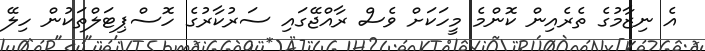
އެ ނިޒާމުގެ ތެރެއިން ކޮންމެ މީހަކަށް ވެސް ރާއްޖޭގައި ސަރުކާރުގެ ހޮސްޕިޓަލްތަކުން ހިލޭ